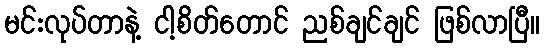
မင်းလုပ်တာနဲ့ ငါ့စိတ်တောင် ညစ်ချင်ချင် ဖြစ်လာပြီ။